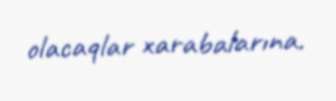
olacaqlar xarabalarına.